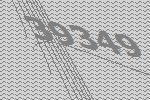
39349